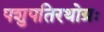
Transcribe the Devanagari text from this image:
पशुपतिरथोग्रः